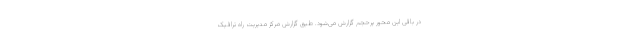
در باقی این محور پرحجم گزارش می‌شود. طبق گزارش مرکز مدیریت راه ترافیک